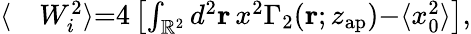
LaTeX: \begin{array}{rl}{\langle}&{{}W_{i}^{2}\rangle{=}4\left[\int_{\mathbb{R}^{2}}d^{2}\mathbf{r}\, x^{2}\Gamma_{2}\! \left(\mathbf{r};z_{\mathrm{ap}}\right){-}\langle x_{0}^{2}\rangle\right],}\end{array}